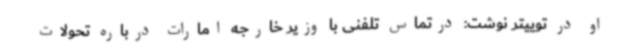
او در توییتر نوشت: درتماس تلفنی با وزیر خارجه امارات درباره تحولات